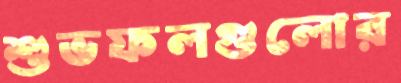
শুভফলগুলোর